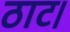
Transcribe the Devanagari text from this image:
ठाट।